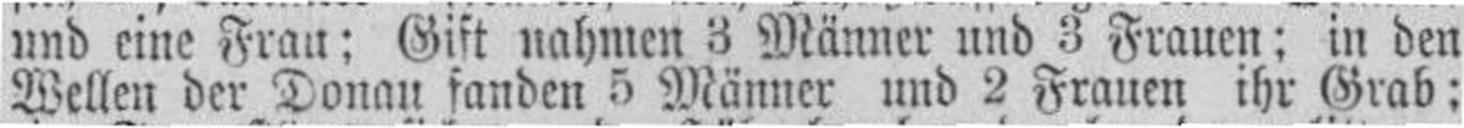
Wellen der Donau fanden 5 Männer und 2 Frauen ihr Grab: